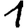
Digit: 1